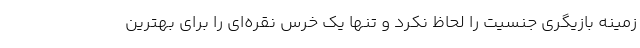
زمینه بازیگری جنسیت را لحاظ نکرد و تنها یک خرس نقره‌ای را برای بهترین